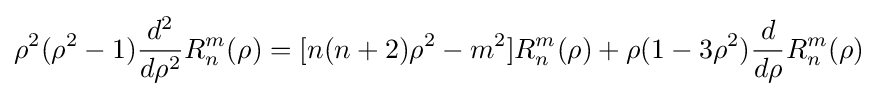
\rho ^{2}(\rho ^{2}-1){\frac {d^{2}}{d\rho ^{2}}}R_{n}^{m}(\rho )=[n(n+2)\rho ^{2}-m^{2}]R_{n}^{m}(\rho )+\rho (1-3\rho ^{2}){\frac {d}{d\rho }}R_{n}^{m}(\rho )